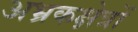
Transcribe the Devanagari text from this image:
अभ्रकक्षेत्रों